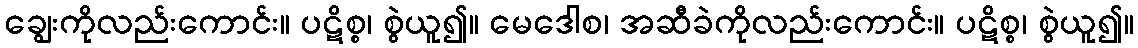
ချွေးကိုလည်းကောင်း။ ပဋိစ္စ၊ စွဲယူ၍။ မေဒေါစ၊ အဆီခဲကိုလည်းကောင်း။ ပဋိစ္စ၊ စွဲယူ၍။